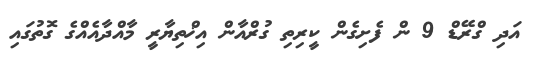
އަދި ގްރޭޑް 9 ން ފެށިގެން ކީރިތި ގުރްއާން އިޚްތިޔާރީ މާއްދާއެއްގެ ގޮތުގައި